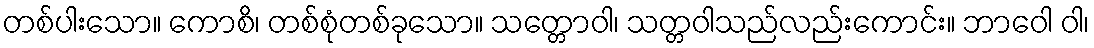
တစ်ပါးသော။ ကောစိ၊ တစ်စုံတစ်ခုသော။ သတ္တောဝါ၊ သတ္တဝါသည်လည်းကောင်း။ ဘာဝေါ ဝါ၊